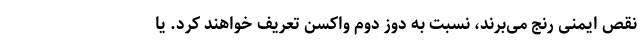
نقص ایمنی رنج می‌برند، نسبت به دوز دوم واکسن تعریف خواهند کرد. یا